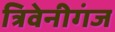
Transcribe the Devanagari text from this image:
त्रिवेनीगंज